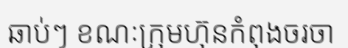
ឆាប់ៗ ខណៈក្រុមហ៊ុនកំពុងចរចា